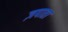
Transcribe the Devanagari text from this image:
ज़पाता